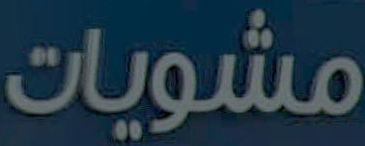
مشويات